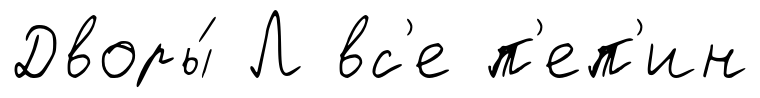
Дворы́ Л вс'е п'еп'ин